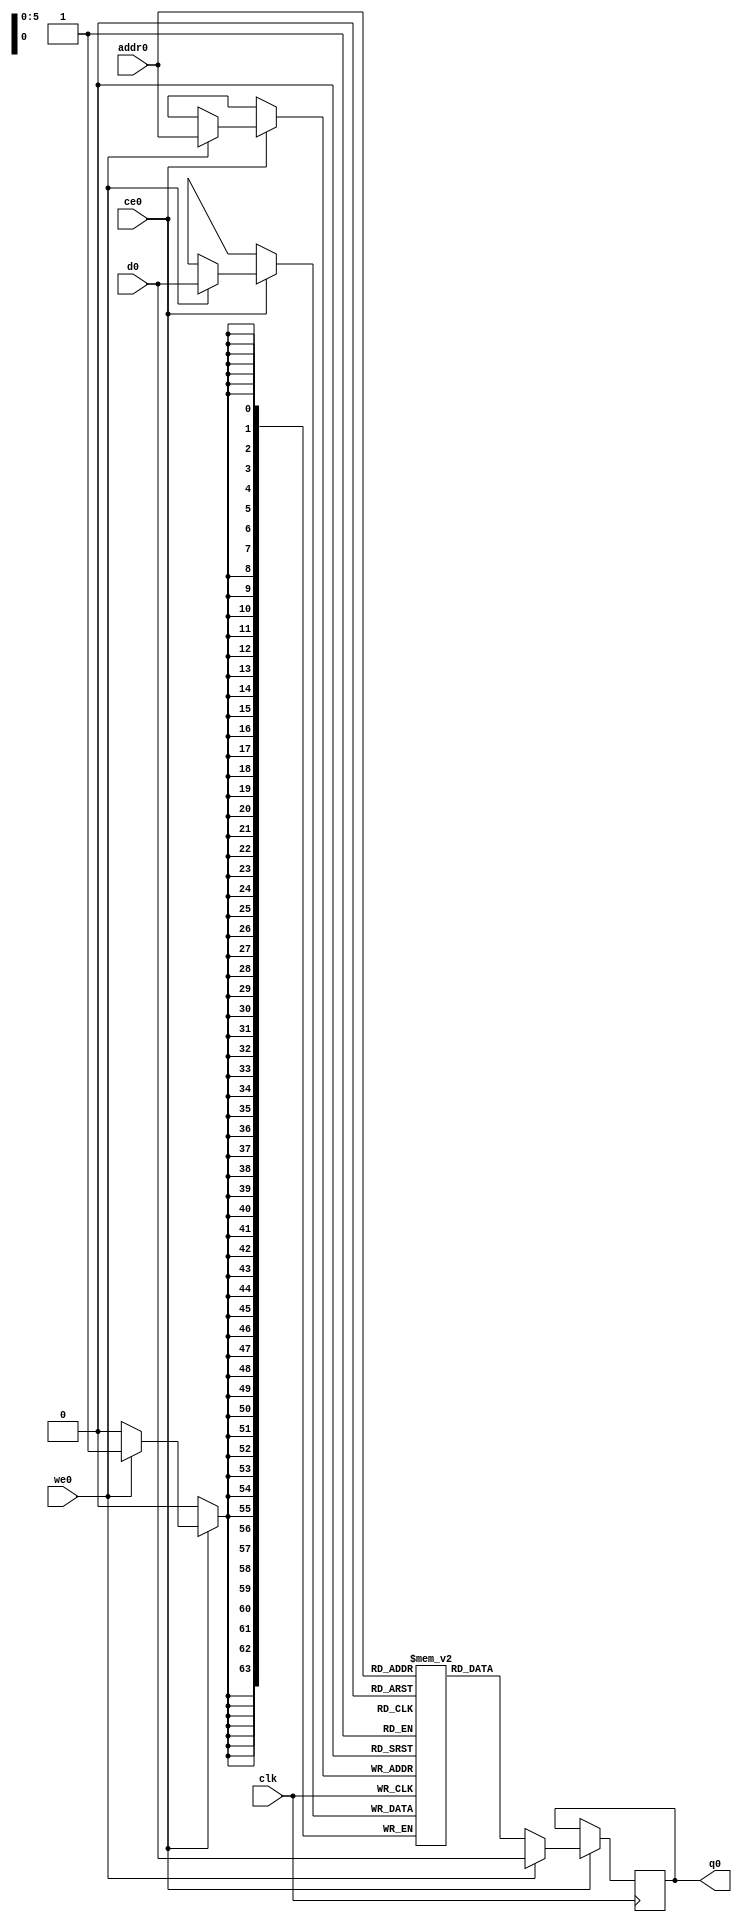
// ==============================================================
// File generated by Vivado(TM) HLS - High-Level Synthesis from C, C++ and SystemC
// Version: 2017.4.op
// Copyright (C) 1986-2018 Xilinx, Inc. All Rights Reserved.
// 
// ==============================================================

`timescale 1 ns / 1 ps
module pipe0_data_handler_kbuf_addr_arr_ram (addr0, ce0, d0, we0, q0,  clk);

parameter DWIDTH = 64;
parameter AWIDTH = 6;
parameter MEM_SIZE = 64;

input[AWIDTH-1:0] addr0;
input ce0;
input[DWIDTH-1:0] d0;
input we0;
output reg[DWIDTH-1:0] q0;
input clk;

(* ram_style = "block" *)reg [DWIDTH-1:0] ram[0:MEM_SIZE-1];




always @(posedge clk)  
begin 
    if (ce0) 
    begin
        if (we0) 
        begin 
            ram[addr0] <= d0; 
            q0 <= d0;
        end 
        else 
            q0 <= ram[addr0];
    end
end


endmodule


`timescale 1 ns / 1 ps
module pipe0_data_handler_kbuf_addr_arr(
    reset,
    clk,
    address0,
    ce0,
    we0,
    d0,
    q0);

parameter DataWidth = 32'd64;
parameter AddressRange = 32'd64;
parameter AddressWidth = 32'd6;
input reset;
input clk;
input[AddressWidth - 1:0] address0;
input ce0;
input we0;
input[DataWidth - 1:0] d0;
output[DataWidth - 1:0] q0;



pipe0_data_handler_kbuf_addr_arr_ram pipe0_data_handler_kbuf_addr_arr_ram_U(
    .clk( clk ),
    .addr0( address0 ),
    .ce0( ce0 ),
    .d0( d0 ),
    .we0( we0 ),
    .q0( q0 ));

endmodule